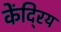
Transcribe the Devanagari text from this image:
केंदि्रय